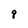
Character: q